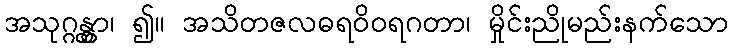
အသုဂ္ဂန္တွာ၊ ၍။ အသိတဇလဓရဝိဝရဂတာ၊ မှိုင်းညိုမည်းနက်သော